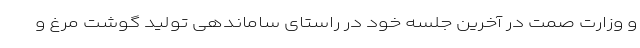
و وزارت صمت در آخرین جلسه خود در راستای ساماندهی تولید گوشت مرغ و